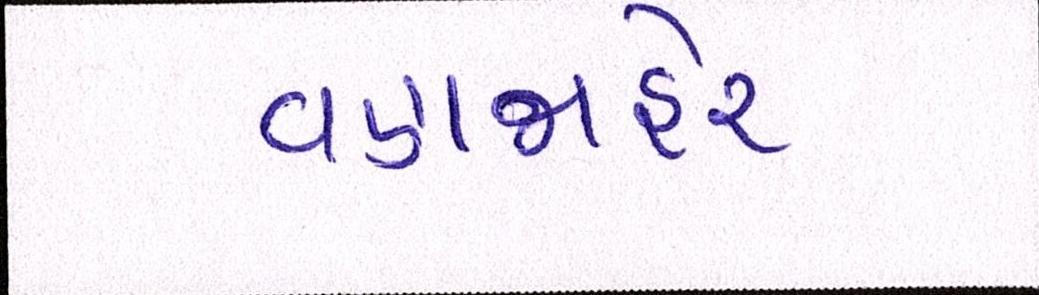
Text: વણજાહેર